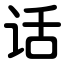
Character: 话